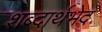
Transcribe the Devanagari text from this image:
शब्दार्थभेद